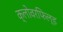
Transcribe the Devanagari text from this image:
क्लोवरफिल्ड